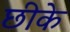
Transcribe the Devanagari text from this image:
छीके